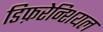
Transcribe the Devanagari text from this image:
डिफ़रेन्शियल